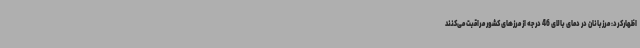
اظهارکرد: مرزبانان در دمای بالای 46 درجه از مرزهای کشور مراقبت می‌کنند